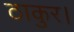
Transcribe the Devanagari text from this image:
ठाकुर।